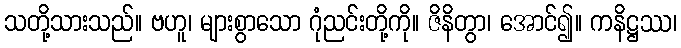
သတို့သားသည်။ ဗဟူ၊ များစွာသော ဂုံညင်းတို့ကို။ ဇိနိတွာ၊ အောင်၍။ ကနိဋ္ဌဿ၊